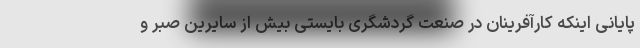
پایانی اینکه کارآفرینان در صنعت گردشگری بایستی بیش از سایرین صبر و